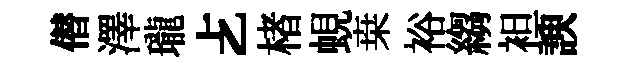
僣澤瓏𠧒楮蜆桒裕縐袒諛